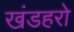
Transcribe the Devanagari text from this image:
खंडहरो